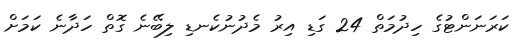
ކަރަނަންޓުގެ ހިދުމަތް 24 ގަޑި އިރު މެދުނުކެނޑި ލިބޭނެ ގޮތް ހަދާނެ ކަމަށް